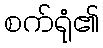
စက်ရုံ၏